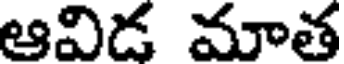
ఆవిడ మాత